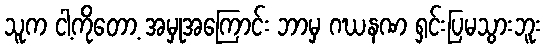
သူက ငါ့ကိုတော့ အမှုအကြောင်း ဘာမှ ဂဃနဏ ရှင်းပြမသွားဘူး